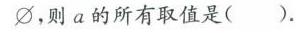
∅，则a的所有取值是( )。